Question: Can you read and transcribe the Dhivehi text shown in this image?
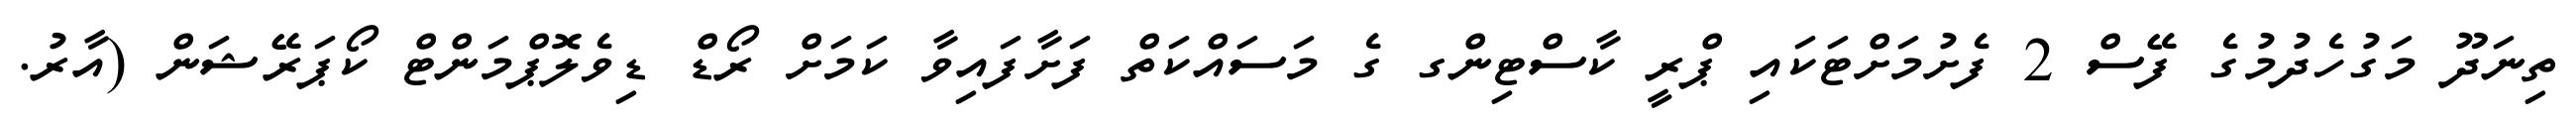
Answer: ތިނަދޫ މަގުހެދުމުގެ ފޭސް 2 ފެށުމަށްޓަކައި ޕްރީ ކާސްޓިންގ ގެ މަސައްކަތް ފަށާފައިވާ ކަމަށް ރޯޑް ޑިވެލޮޕްމަންޓް ކޯޕަރޭޝަން (އާރު.